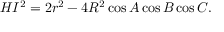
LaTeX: H I ^ { 2 } = 2 r ^ { 2 } - 4 R ^ { 2 } \cos A \cos B \cos C .